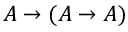
A \to ( A \to A )